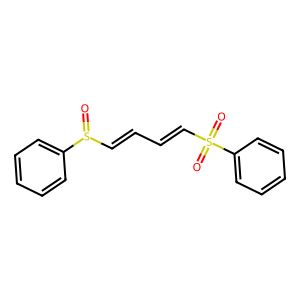
SMILES: O=S(C=CC=CS(=O)(=O)c1ccccc1)c1ccccc1
Inhibits HIV replication: No